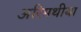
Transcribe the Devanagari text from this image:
अरिमथीया